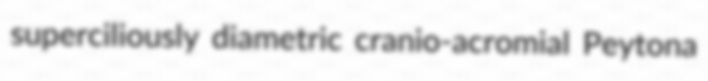
superciliously diametric cranio-acromial Peytona